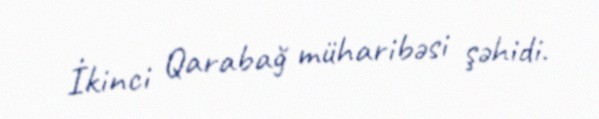
İkinci Qarabağ müharibəsi şəhidi.